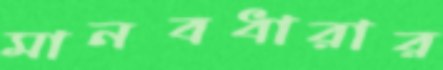
মানবধারার